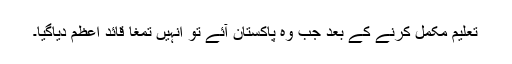
تعلیم مکمل کرنے کے بعد جب وہ پاکستان آئے تو انہیں تمغا قائد اعظم دیاگیا۔